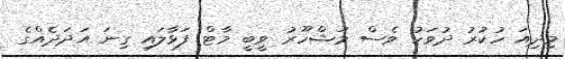
މިދިއަ ހުކުރު ދުވަހު ވެސް މަޝްހޫރު ވީބީ މާޓް ފަޅާލައި ގިނަ އަދަދެއްގެ